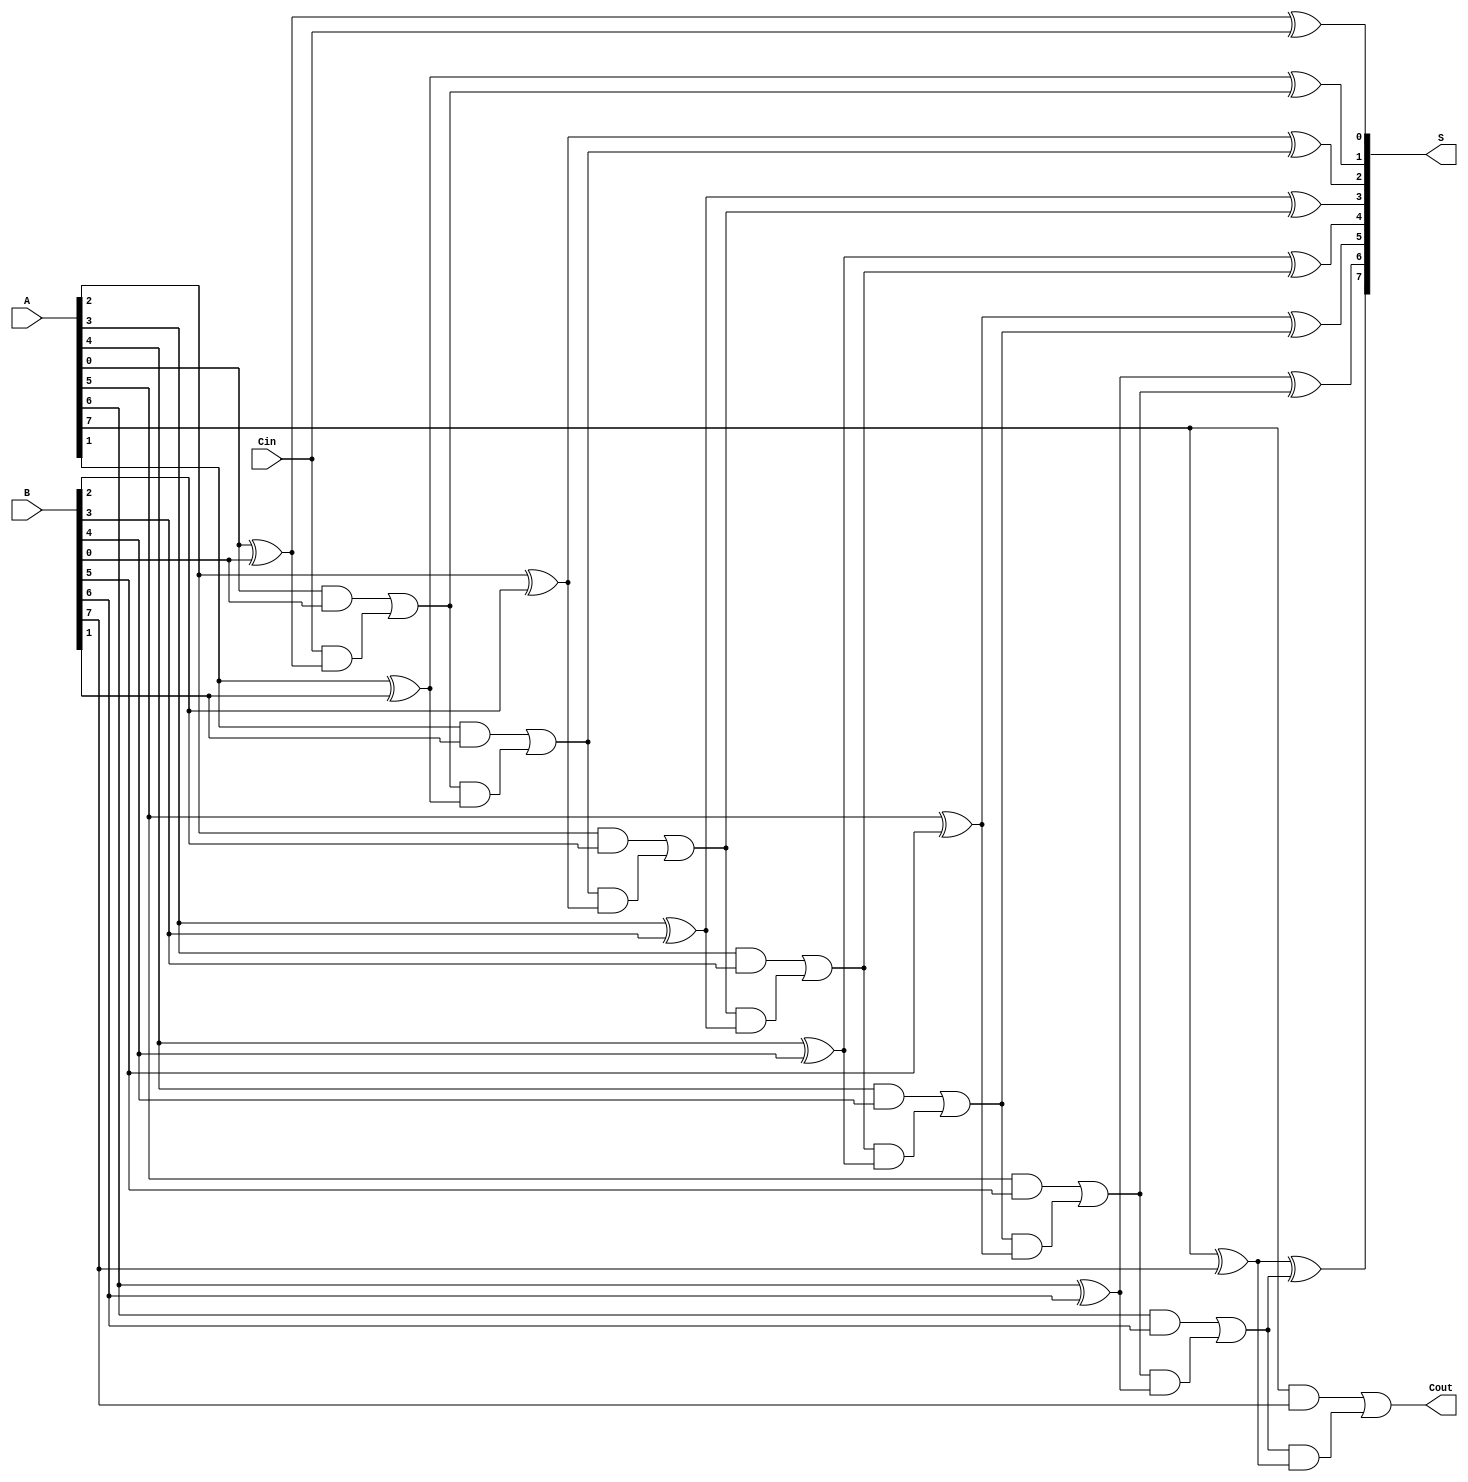
module ManchesterCarryChainAdder #(parameter N = 8) (
    input  wire [N-1:0] A,      // First n-bit input
    input  wire [N-1:0] B,      // Second n-bit input
    input  wire Cin,             // Carry-in
    output wire [N-1:0] S,       // n-bit sum output
    output wire Cout             // Carry-out
);

    wire [N:0] C; // Carry signals, C[0] is the carry-in, C[N] is the carry-out

    // Assign the carry-in to the first carry signal
    assign C[0] = Cin;

    // Generate sum and carry signals for each bit
    genvar i;
    generate
        for (i = 0; i < N; i = i + 1) begin : carry_chain
            // Sum calculation
            assign S[i] = A[i] ^ B[i] ^ C[i];

            // Carry generation
            assign C[i + 1] = (A[i] & B[i]) | (C[i] & (A[i] ^ B[i]));
        end
    endgenerate

    // Final carry-out
    assign Cout = C[N];

endmodule